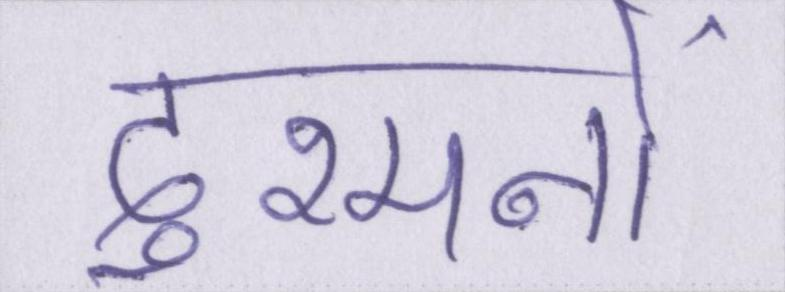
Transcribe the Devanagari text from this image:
दुश्मनों